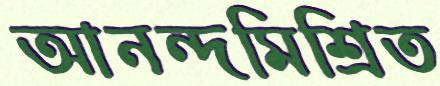
আনন্দমিশ্রিত